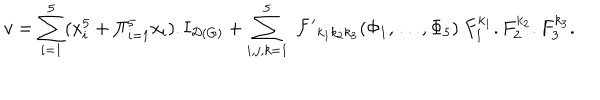
LaTeX: v = \sum _ { i = 1 } ^ { 5 } ( x _ { i } ^ { 5 } + \Pi _ { i = 1 } ^ { 5 } x _ { i } ) . { \bf I } _ { { \cal D } \left( G \right) } + \sum _ { i , j , k = 1 } ^ { 5 } \ { \cal F ^ { \prime } } _ { k _ { 1 } k _ { 2 } k _ { 3 } } ( \Phi _ { 1 } , \dots , \Phi _ { 5 } ) \ F _ { 1 } ^ { k _ { 1 } } . F _ { 2 } ^ { k _ { 2 } } . F _ { 3 } ^ { k _ { 3 } } .